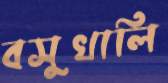
বসুখালি